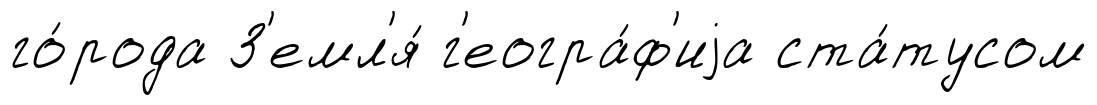
го́рода З'емл'я́ г'еогра́ф'иjа ста́тусом